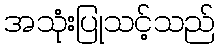
အသုံးပြုသင့်သည်